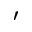
'